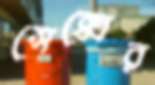
সেক্সের